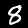
Digit: 8